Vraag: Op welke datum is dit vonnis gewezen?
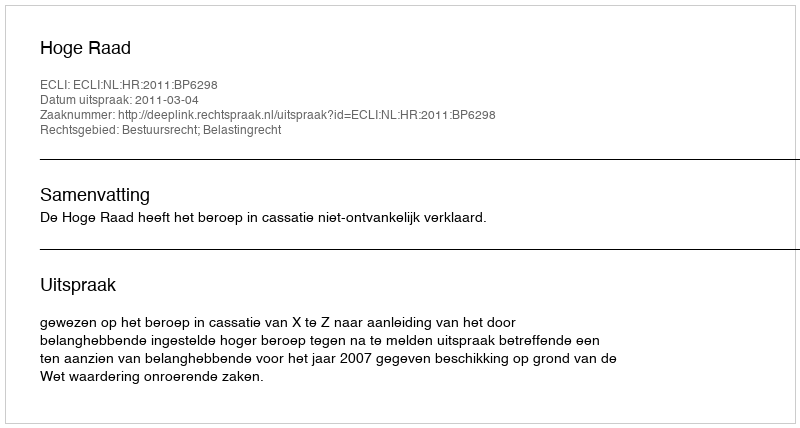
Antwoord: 2011-03-04